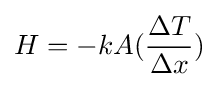
H=-kA({\frac {\Delta T}{\Delta x}})